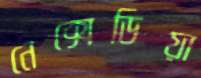
নেক্সেডিয়া